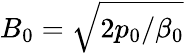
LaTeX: B_{\mathrm{0}}=\sqrt{2p_{\mathrm{0}}/\beta_{0}}